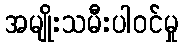
အမျိုးသမီးပါဝင်မှု